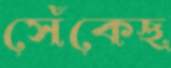
সেঁকেছ